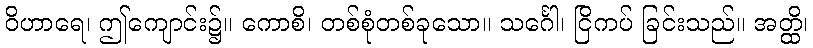
ဝိဟာရေ၊ ဤကျောင်း၌။ ကောစိ၊ တစ်စုံတစ်ခုသော။ သင်္ဂေါ၊ ငြိကပ် ခြင်းသည်။ အတ္ထိ၊